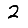
Digit: 2